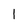
Character: l